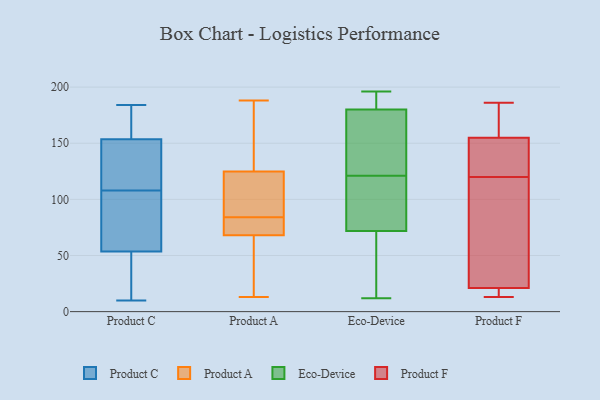
{"axis": {"x": "Headcount", "y": "Value"}, "legend": ["Eco-Device", "Product A", "Product C", "Product F"], "data": [{"x": "", "y": 62, "type": "Product C"}, {"x": "", "y": 184, "type": "Product C"}, {"x": "", "y": 16, "type": "Product C"}, {"x": "", "y": 110, "type": "Product C"}, {"x": "", "y": 10, "type": "Product C"}, {"x": "", "y": 147, "type": "Product C"}, {"x": "", "y": 108, "type": "Product C"}, {"x": "", "y": 150, "type": "Product C"}, {"x": "", "y": 86, "type": "Product C"}, {"x": "", "y": 164, "type": "Product C"}, {"x": "", "y": 28, "type": "Product C"}, {"x": "", "y": 84, "type": "Product C"}, {"x": "", "y": 177, "type": "Product C"}, {"x": "", "y": 13, "type": "Product A"}, {"x": "", "y": 80, "type": "Product A"}, {"x": "", "y": 72, "type": "Product A"}, {"x": "", "y": 37, "type": "Product A"}, {"x": "", "y": 106, "type": "Product A"}, {"x": "", "y": 127, "type": "Product A"}, {"x": "", "y": 84, "type": "Product A"}, {"x": "", "y": 124, "type": "Product A"}, {"x": "", "y": 172, "type": "Product A"}, {"x": "", "y": 188, "type": "Product A"}, {"x": "", "y": 99, "type": "Product A"}, {"x": "", "y": 56, "type": "Product A"}, {"x": "", "y": 79, "type": "Product A"}, {"x": "", "y": 196, "type": "Eco-Device"}, {"x": "", "y": 194, "type": "Eco-Device"}, {"x": "", "y": 74, "type": "Eco-Device"}, {"x": "", "y": 121, "type": "Eco-Device"}, {"x": "", "y": 74, "type": "Eco-Device"}, {"x": "", "y": 145, "type": "Eco-Device"}, {"x": "", "y": 192, "type": "Eco-Device"}, {"x": "", "y": 65, "type": "Eco-Device"}, {"x": "", "y": 164, "type": "Eco-Device"}, {"x": "", "y": 28, "type": "Eco-Device"}, {"x": "", "y": 176, "type": "Eco-Device"}, {"x": "", "y": 105, "type": "Eco-Device"}, {"x": "", "y": 12, "type": "Eco-Device"}, {"x": "", "y": 186, "type": "Product F"}, {"x": "", "y": 160, "type": "Product F"}, {"x": "", "y": 155, "type": "Product F"}, {"x": "", "y": 114, "type": "Product F"}, {"x": "", "y": 21, "type": "Product F"}, {"x": "", "y": 122, "type": "Product F"}, {"x": "", "y": 128, "type": "Product F"}, {"x": "", "y": 118, "type": "Product F"}, {"x": "", "y": 20, "type": "Product F"}, {"x": "", "y": 13, "type": "Product F"}]}